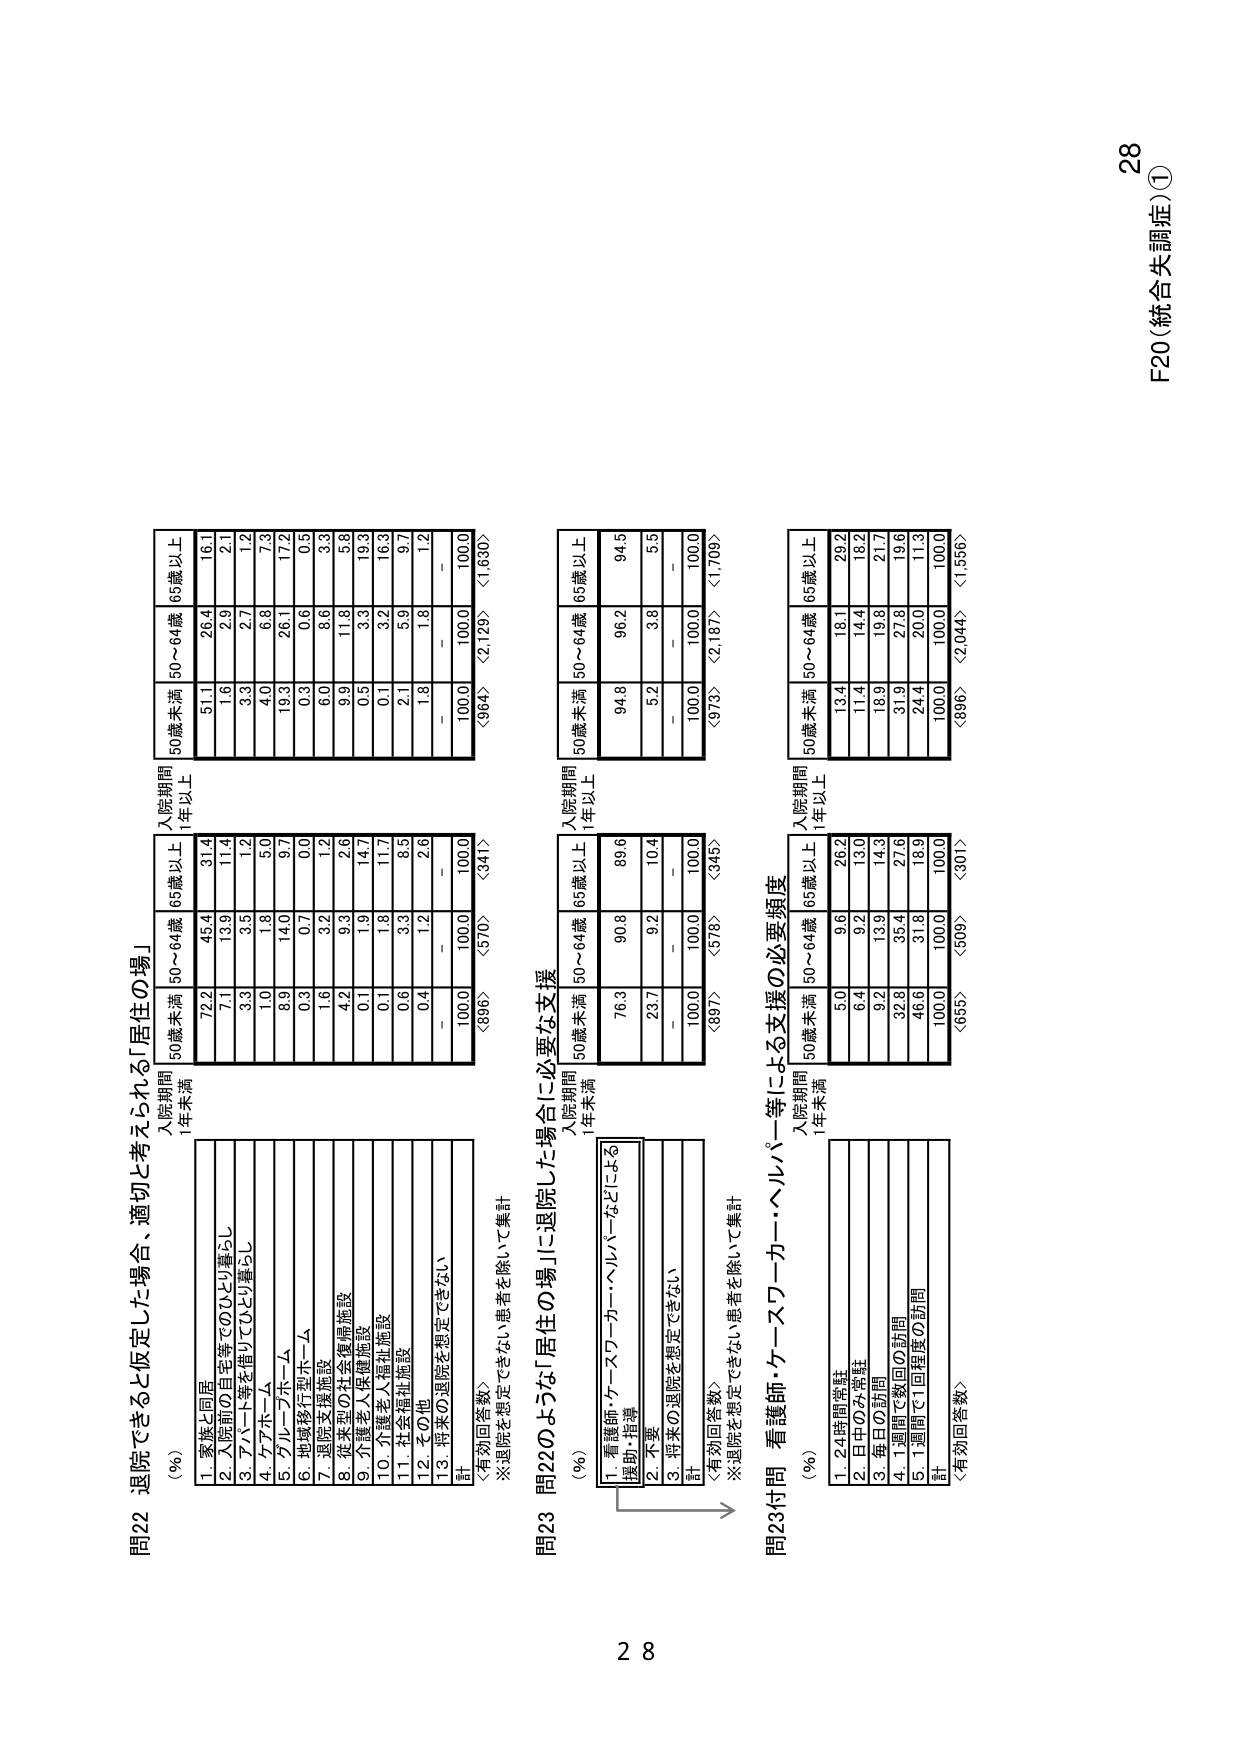
F20（統合失調症）①
28

問22 退院できると仮定した場合、適切と考えられる「居住の場」
（％）
入院期間
1年未満
入院期間
1年以上
1. 家族と同居
72.2
45.4
31.4
2. 入院前の自宅等でのひとり暮らし
7.1
13.9
11.4
3. アパート等を借りてひとり暮らし
3.3
3.5
1.2
4. ケアホーム
1.0
1.8
5.0
5. グループホーム
8.9
14.0
9.7
6. 地域移行型ホーム
0.3
0.7
0.0
7. 退院支援施設
1.6
3.2
1.2
8. 従来型の社会復帰施設
4.2
9.3
2.6
9. 介護老人保健施設
0.1
1.9
14.7
10. 介護老人福祉施設
0.1
1.8
11.7
11. 社会福祉施設
0.6
3.3
8.5
12. その他
0.4
1.2
2.6
13. 将来の退院を想定できない
－
－
－
計
100.0
100.0
100.0
〈有効回答数〉
〈896〉
〈570〉
〈341〉
※退院を想定できない患者を除いて集計

50歳未満
50～64歳
65歳以上
51.1
26.4
16.1
1.6
2.9
2.1
3.3
2.7
1.2
4.0
6.8
7.3
19.3
26.1
17.2
0.3
0.6
0.5
6.0
8.6
3.3
9.9
11.8
5.8
0.5
3.3
19.3
0.1
3.2
16.3
2.1
5.9
9.7
1.8
1.8
1.2
－
－
－
100.0
100.0
100.0
〈364〉
〈2,129〉
〈1,630〉

問23 問22のような「居住の場」に退院した場合に必要な支援
（％）
入院期間
1年未満
入院期間
1年以上
1. 看護師・ケースワーカー・ヘルパーなどによる
援助・指導
76.3
90.8
89.6
2. 不要
23.7
9.2
10.4
3. 将来の退院を想定できない
－
－
－
計
100.0
100.0
100.0
〈有効回答数〉
〈897〉
〈578〉
〈346〉
※退院を想定できない患者を除いて集計

50歳未満
50～64歳
65歳以上
94.8
96.2
94.5
5.2
3.8
5.5
－
－
－
100.0
100.0
100.0
〈978〉
〈2,187〉
〈1,709〉

問23付問 看護師・ケースワーカー・ヘルパー等による支援の必要頻度
（％）
入院期間
1年未満
入院期間
1年以上
1. 24時間常駐
5.0
9.6
26.2
2. 日中のみ常駐
6.4
9.2
13.0
3. 毎日の訪問
9.2
13.9
14.3
4. 1週間で数回の訪問
32.8
35.4
27.6
5. 1週間で1回程度の訪問
46.6
31.8
18.9
計
100.0
100.0
100.0
〈有効回答数〉
〈656〉
〈509〉
〈301〉

50歳未満
50～64歳
65歳以上
13.4
18.1
29.2
11.4
14.4
18.2
18.9
19.8
21.7
31.9
27.8
19.6
24.4
20.0
11.3
100.0
100.0
100.0
〈896〉
〈2,044〉
〈1,556〉

28